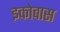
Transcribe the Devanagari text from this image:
इकोवास